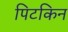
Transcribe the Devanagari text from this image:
पिटकिन